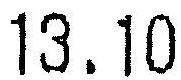
13.10